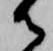
御